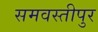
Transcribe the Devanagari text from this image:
समवस्तीपुर